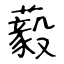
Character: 藙